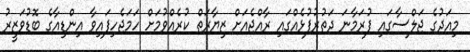
މިއަދުގެ ޖަލްސާގައި ފުރަމާނަ ދަތުރުފުޅެއްގައި ރާއްޖެއަށް ޒިޔާރަތް ކުރެއްވުމަށް ހަމަޖެހިފައިވާ އިންޑިއާގެ ބޮޑުވަޒީރު